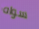
سواه